Annual report on the working of the mental hospitals in the Madras Presidency - 1912-1932
Year: 1912
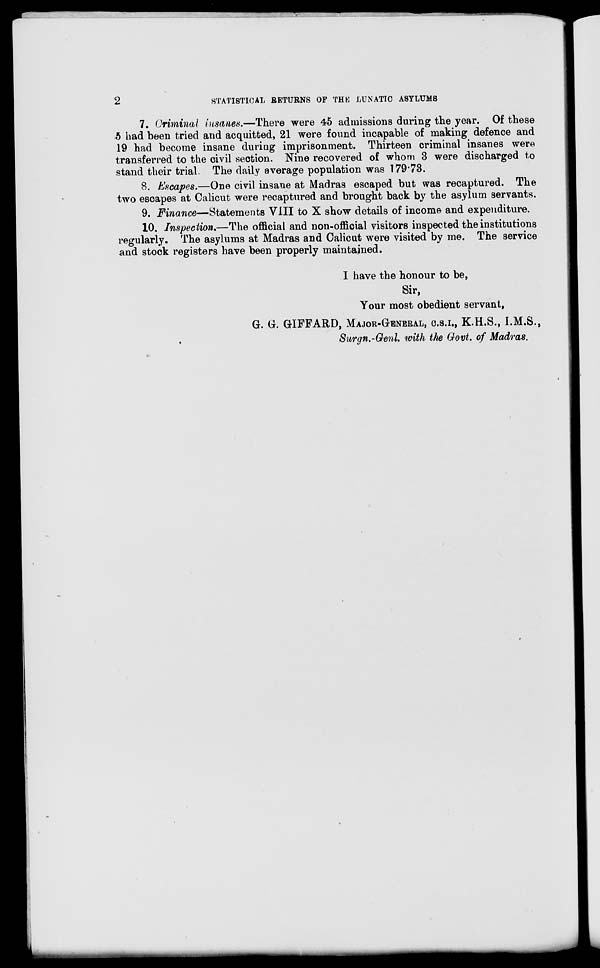
2
STATISTICAL RETURNS OF THE LUNATIC ASYLUMS
7. Criminal insanes.—There were 45 admissions during the year. Of these
5 had been tried and acquitted, 21 were found incapable of making defence and
19 had become insane during imprisonment. Thirteen criminal insanes were
transferred to the civil section. Nine recovered of whom 3 were discharged to
stand their trial. The daily average population was 179.73.
8. Escapes.—One civil insane at Madras escaped but was recaptured. The
two escapes at Calicut were recaptured and brought back by the asylum servants.
9. Finance—Statements VIII to X show details of income and expenditure.
10. Inspection.—The official and non-official visitors inspected the institutions
regularly. The asylums at Madras and Calicut were visited by me. The service
and stock registers have been properly maintained.
I have the honour to be,
Sir,
Your most obedient servant,
G. G. GIFFARD, MAJOR-GENERAL, C.S.I., K.H.S., I.M.S.,
Surgn.-Genl. with the Govt. of Madras.